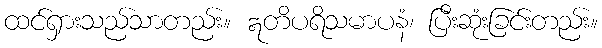
ထင်ရှားသည်သာတည်း။ ဣတိပရိသမာပနံ၊ ပြီးဆုံးခြင်းတည်း။